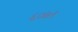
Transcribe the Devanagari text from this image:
६०७९